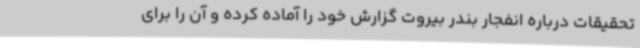
تحقیقات درباره انفجار بندر بیروت گزارش خود را آماده کرده و آن را برای